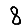
Digit: 8